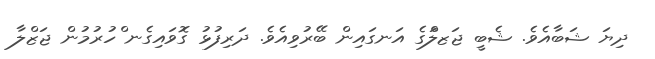
ދިޔަ ޝަބާއެވެ. ޝެބީ ޖަޒލްަގެ އަނގައިން ބޭރުވިއެވެ. ދަރިފުޅު ގޮވައިގެނ ްހުރުމުން ޖަޒްލާ